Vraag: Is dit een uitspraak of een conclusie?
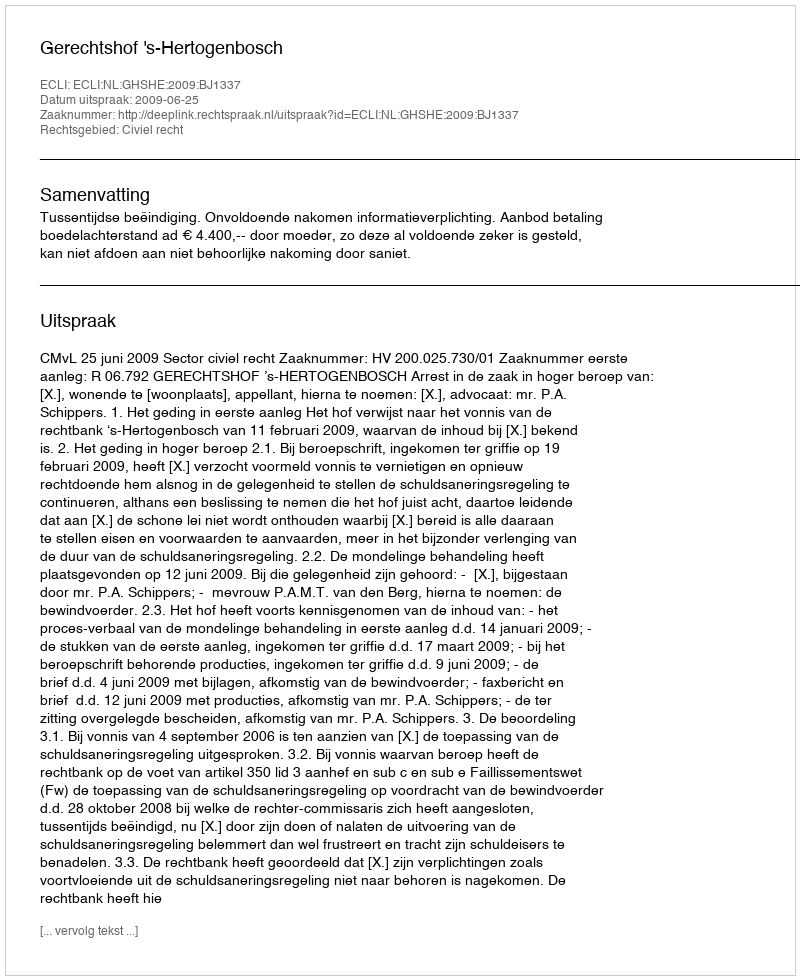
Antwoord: Uitspraak